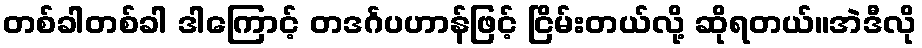
တစ်ခါတစ်ခါ ဒါကြောင့် တဒင်္ဂပဟာန်ဖြင့် ငြိမ်းတယ်လို့ ဆိုရတယ်။အဲဒီလို